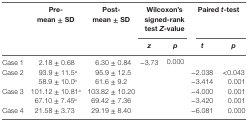
<table><thead><tr><td rowspan="2"></td><td rowspan="2"><b>Pre-mean ± SD</b></td><td rowspan="2"><b>Post-mean ± SD</b></td><td colspan="2"><b>Wilcoxon’s signed-rank test <i>Z</i>-value</b></td><td colspan="2"><b>Paired <i>t</i>-test</b></td></tr><tr><td><b><i>z</i></b></td><td><b><i>p</i></b></td><td><b><i>t</i></b></td><td><b><i>p</i></b></td></tr></thead><tbody><tr><td>Case 1</td><td>2.18 ± 0.68</td><td>6.30 ± 0.84</td><td>−3.73</td><td>0.000</td><td></td><td></td></tr><tr><td rowspan="2">Case 2</td><td>93.9 ± 11.5<sup>a</sup></td><td>95.9 ± 12.5</td><td colspan="2"></td><td>−2.038</td><td>&lt;0.043</td></tr><tr><td>58.9 ± 10.0<sup>b</sup></td><td>61.6 ± 9.2</td><td colspan="2"></td><td>−3.414</td><td>0.001</td></tr><tr><td rowspan="2">Case 3</td><td>101.12 ± 10.81<sup>a</sup></td><td>103.82 ± 10.20</td><td colspan="2"></td><td>−4.000</td><td>0.001</td></tr><tr><td>67.10 ± 7.45<sup>b</sup></td><td>69.42 ± 7.36</td><td colspan="2"></td><td>−3.420</td><td>0.001</td></tr><tr><td>Case 4</td><td>21.58 ± 3.73</td><td>29.19 ± 8.40</td><td colspan="2"></td><td>−6.081</td><td>0.000</td></tr></tbody></table>